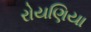
રોયણિયા